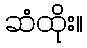
ဆံထိုး။